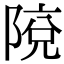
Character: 𨺥